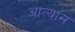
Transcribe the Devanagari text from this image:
आत्यास